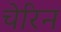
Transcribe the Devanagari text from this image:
चेरिन